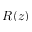
R ( z )